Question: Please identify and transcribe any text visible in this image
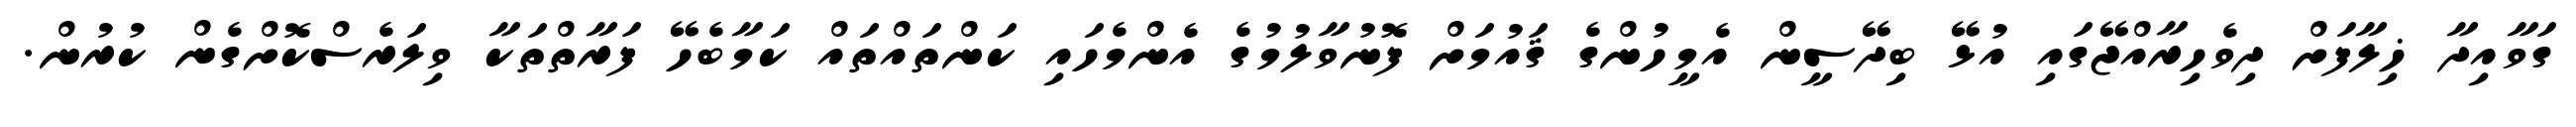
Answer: ގަވާއިދާ ޚިލާފަށް ދިވެހިރާއްޖޭގައި އުޅޭ ބިދޭސީން އެމީހުންގެ ޤައުމަށް ފޮނުވާލުމުގެ އެންމެހައި ކަންތައްތައް ކަމާބެހޭ ފަރާތްތަކާ ވިލަރެސްކޮށްގެން ކުރުން.